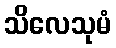
သိလေသုမံ